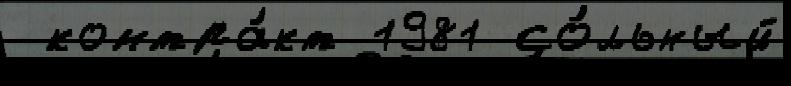
 контра́кт 1981 со́льный